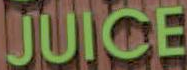
JUICE